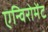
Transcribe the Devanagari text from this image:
एन्विरोमेंट